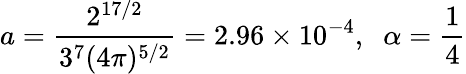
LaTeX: a=\frac{2^{17/2}}{3^{7}(4\pi)^{5/2}}=2.96\times 10^{-4},\; \; \alpha=\frac{1}{4}